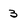
Character: 3